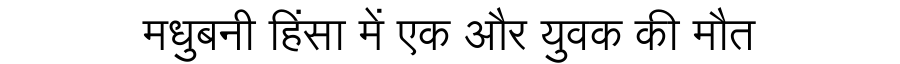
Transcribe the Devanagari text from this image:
मधुबनी हिंसा में एक और युवक की मौत